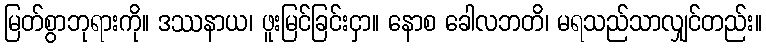
မြတ်စွာဘုရားကို။ ဒဿနာယ၊ ဖူးမြင်ခြင်းငှာ။ နောစ ခေါလဘတိ၊ မရသည်သာလျှင်တည်း။